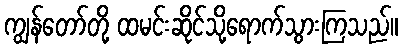
ကျွန်တော်တို့ ထမင်းဆိုင်သို့ရောက်သွားကြသည်။